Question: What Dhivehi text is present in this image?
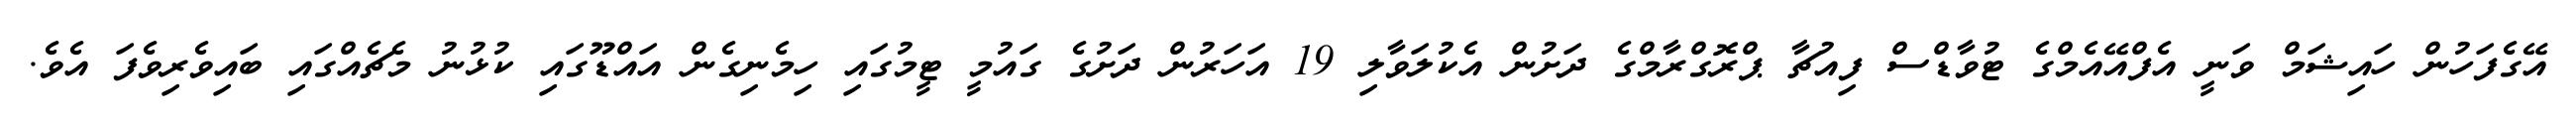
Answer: އޭގެފަހުން ހައިޝަމް ވަނީ އެފްއޭއެމްގެ ޓުވާޑްސް ފިއުޗާ ޕްރޮގްރާމްގެ ދަށުން އެކުލަވާލި 19 އަހަރުން ދަށުގެ ގައުމީ ޓީމުގައި ހިމެނިގެން އައްޑޫގައި ކުޅުނު މެޗެއްގައި ބައިވެރިވެފަ އެވެ.